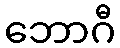
ဘောဂီ